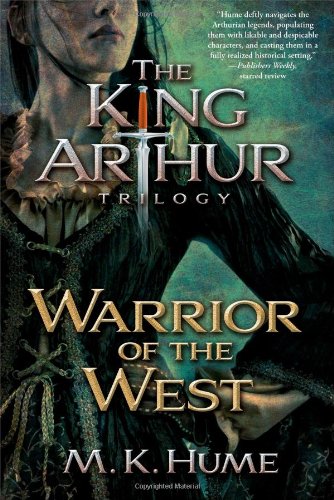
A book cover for The King Arthur Trilogy Book Two: Warrior of the West; M. K. Hume; Science Fiction & Fantasy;